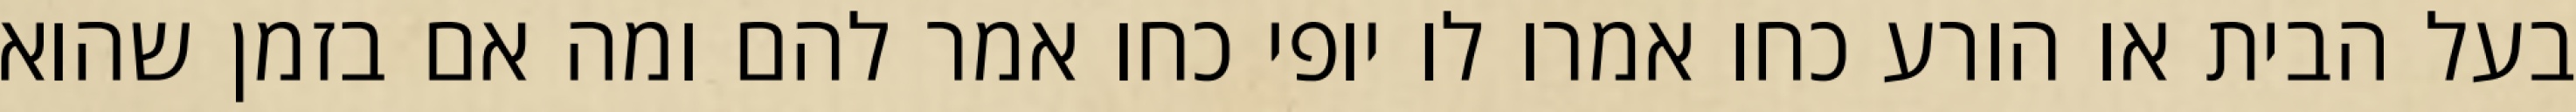
בעל הבית או הורע כחו אמרו לו יופי כחו אמר להם ומה אם בזמן שהוא